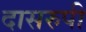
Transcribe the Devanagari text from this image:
दासरुपी